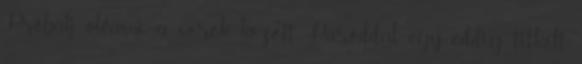
Próbálj olvasni a sorok között Pároddal egy eddig titkolt